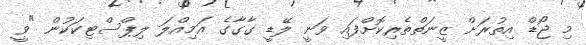
މި ޖޯޑް އިތުރަށް ޒީނަތްތެރިކޮށްފައި ވަނީ ލޭޑީ ގާގާގެ އަމިއްލަ ލިޕްސްޓިކަކުން "ވީ